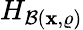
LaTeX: H_{\mathcal{B}(\mathbf{x},\varrho)}